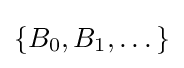
\left\{B_{0},B_{1},\dots \right\}